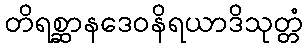
တိရစ္ဆာနဒေဝနိရယာဒိသုတ္တံ